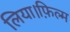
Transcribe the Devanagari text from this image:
लिया।फ़िल्म